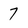
Character: 7